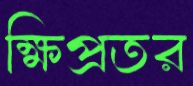
ক্ষিপ্রতর